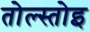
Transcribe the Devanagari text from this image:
तोल्स्तोइ